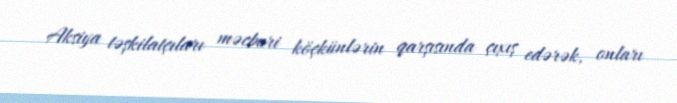
Aksiya təşkilatçıları məcburi köçkünlərin qarşısında çıxış edərək, onları